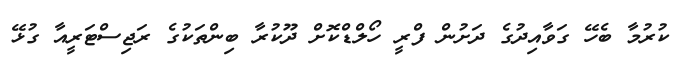
ކުރުމާ ބެހޭ ގަވާއިދުގެ ދަށުން ފްރީ ހޯލްޑްކޮށް ދޫކުރާ ބިންތަކުގެ ރަޖިސްޓަރީއާ ގުޅޭ